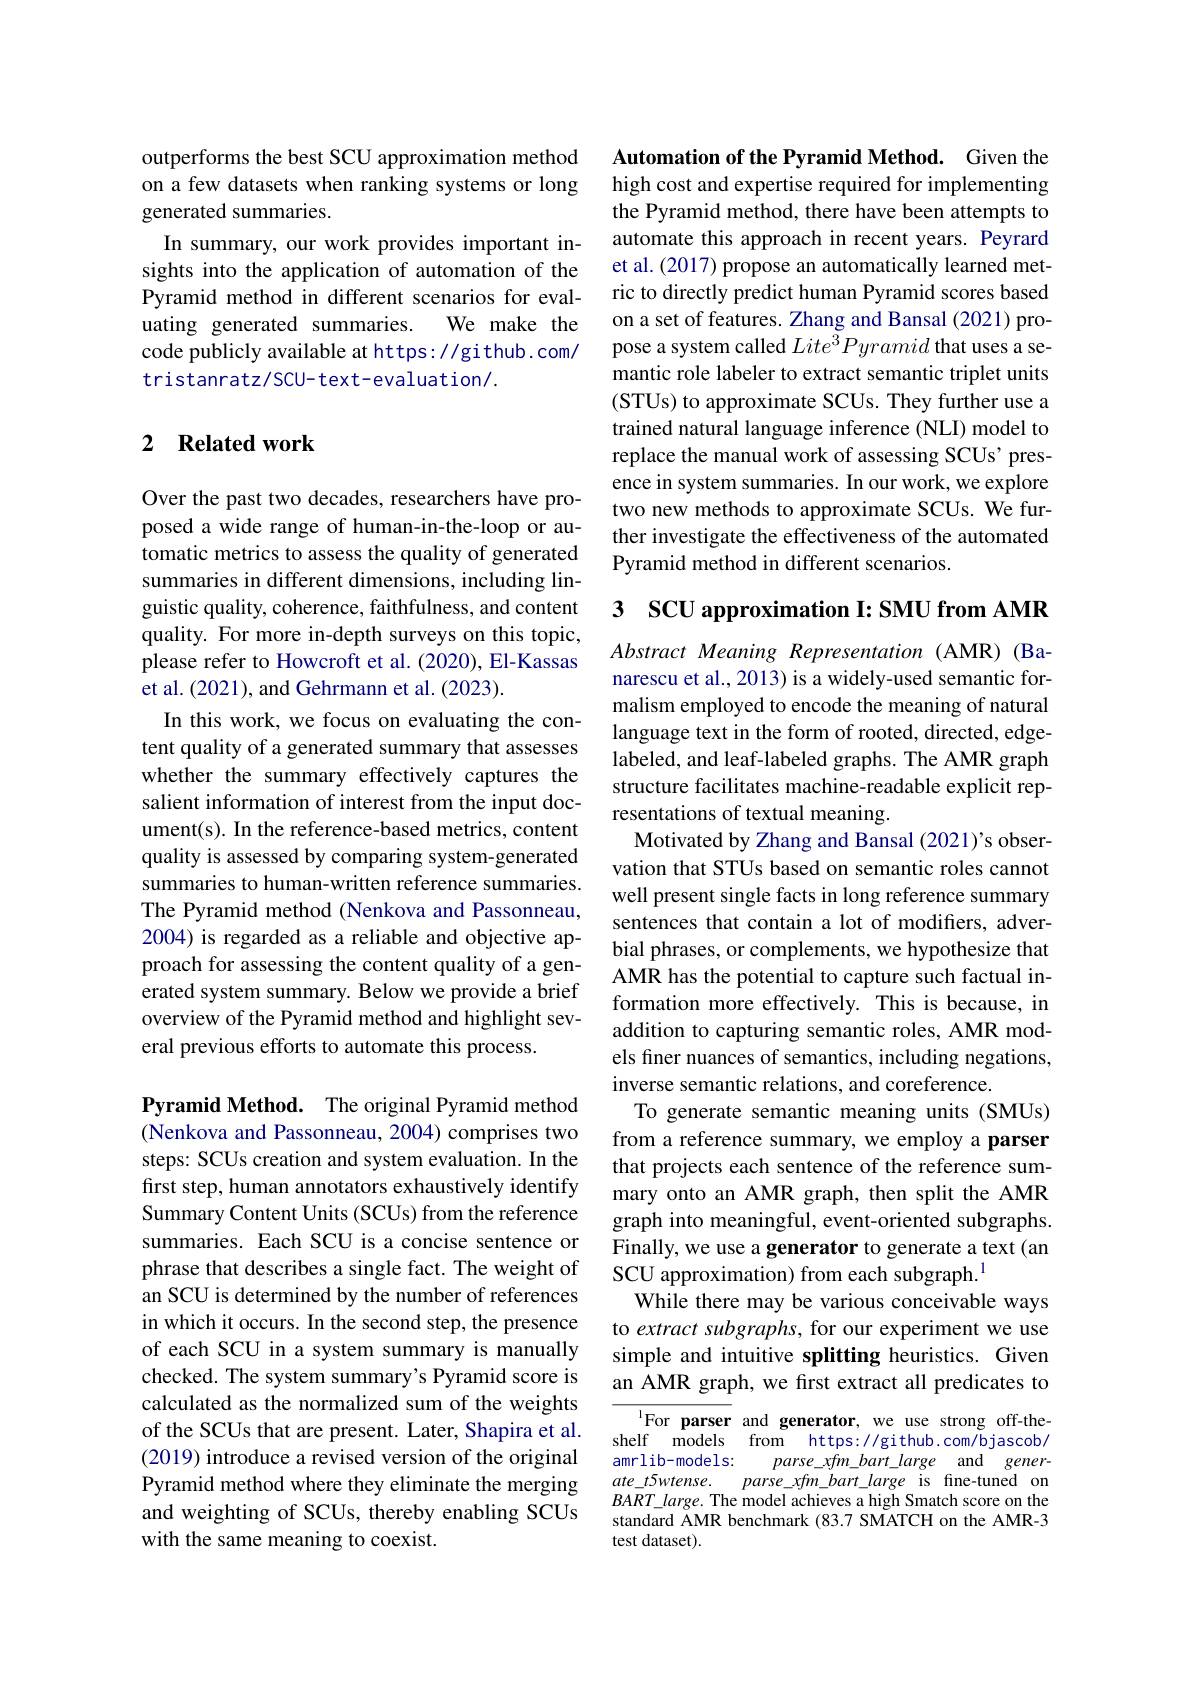
outperforms the best SCU approximation method on a few datasets when ranking systems or long generated summaries.
In summary, our work provides important insights into the application of automation of the Pyramid method in different scenarios for eval-
We make the
uating generated summaries.
code publicly available at https://github.com/
tristanratz/SCU-text-evaluation/.

## 2 $\textbf{Related work}$

Over the past two decades, researchers have proposed a wide range of human-in-the-loop or automatic metrics to assess the quality of generated summaries in different dimensions, including linguistic quality, coherence, faithfulness, and content quality. For more in-depth surveys on this topic, please refer to Howcroft et al. (2020), El-Kassas et al. (2021), and Gehrmann et al. (2023).
In this work, we focus on evaluating the content quality of a generated summary that assesses whether the summary effectively captures the salient information of interest from the input document(s). In the reference-based metrics, content quality is assessed by comparing system-generated summaries to human-written reference summaries. The Pyramid method (Nenkova and Passonneau, 2004) is regarded as a reliable and objective approach for assessing the content quality of a generated system summary. Below we provide a brief overview of the Pyramid method and highlight several previous efforts to automate this process.

Pyramid Method. The original Pyramid method (Nenkova and Passonneau, 2004) comprises two steps: SCUs creation and system evaluation. In the first step, human annotators exhaustively identify Summary Content Units (SCUs) from the reference summaries. Each SCU is a concise sentence or phrase that describes a single fact. The weight of an SCU is determined by the number of references in which it occurs. In the second step, the presence of each SCU in a system summary is manually checked. The system summary's Pyramid score is calculated as the normalized sum of the weights of the SCUs that are present. Later, Shapira et al. (2019) introduce a revised version of the original Pyramid method where they eliminate the merging and weighting of SCUs, thereby enabling SCUs with the same meaning to coexist.

Automation of the Pyramid Method. Given the high cost and expertise required for implementing the Pyramid method, there have been attempts to automate this approach in recent years. Peyrard et al. (2017) propose an automatically learned metric to directly predict human Pyramid scores based on a set of features. Zhang and Bansal (2021) propose a system called $Lite^{3}Pyramid$ that uses a semantic role labeler to extract semantic triplet units (STUs) to approximate SCUs. They further use a trained natural language inference (NLI) model to replace the manual work of assessing SCUs' presence in system summaries. In our work, we explore two new methods to approximate SCUs. We further investigate the effectiveness of the automated Pyramid method in different scenarios.

3 SCU approximation I: SMU from AMR

Abstract Meaning Representation (AMR) (Banarescu et al., 2013) is a widely-used semantic formalism employed to encode the meaning of natural language text in the form of rooted, directed, edgelabeled, and leaf-labeled graphs. The AMR graph structure facilitates machine-readable explicit representations of textual meaning.
Motivated by Zhang and Bansal (2021)'s observation that STUs based on semantic roles cannot well present single facts in long reference summary sentences that contain a lot of modifiers, adverbial phrases, or complements, we hypothesize that AMR has the potential to capture such factual information more effectively. This is because, in addition to capturing semantic roles, AMR models finer nuances of semantics, including negations, inverse semantic relations, and coreference.
To generate semantic meaning units (SMUs) from a reference summary, we employ a parser that projects each sentence of the reference summary onto an AMR graph, then split the AMR graph into meaningful, event-oriented subgraphs. Finally, we use a generator to generate a text (an SCU approximation) from each subgraph.$^{1}$
While there may be various conceivable ways to extract subgraphs, for our experiment we use simple and intuitive splitting heuristics. Given an AMR graph, we first extract all predicates to

$^{1}$For parser and generator, we use strong off-theshelf models from https://github.com/bjascob/ amrlib-models:
$parse\_ xfm\_ bart\_ large$ and $gener-$ parse\_xfm\_bart\_large is fine-tuned on
$ate\_t5wtense.$
$BART\_large.$ The model achieves a high Smatch score on the standard AMR benchmark (83.7 SMATCH on the AMR-3 test dataset).